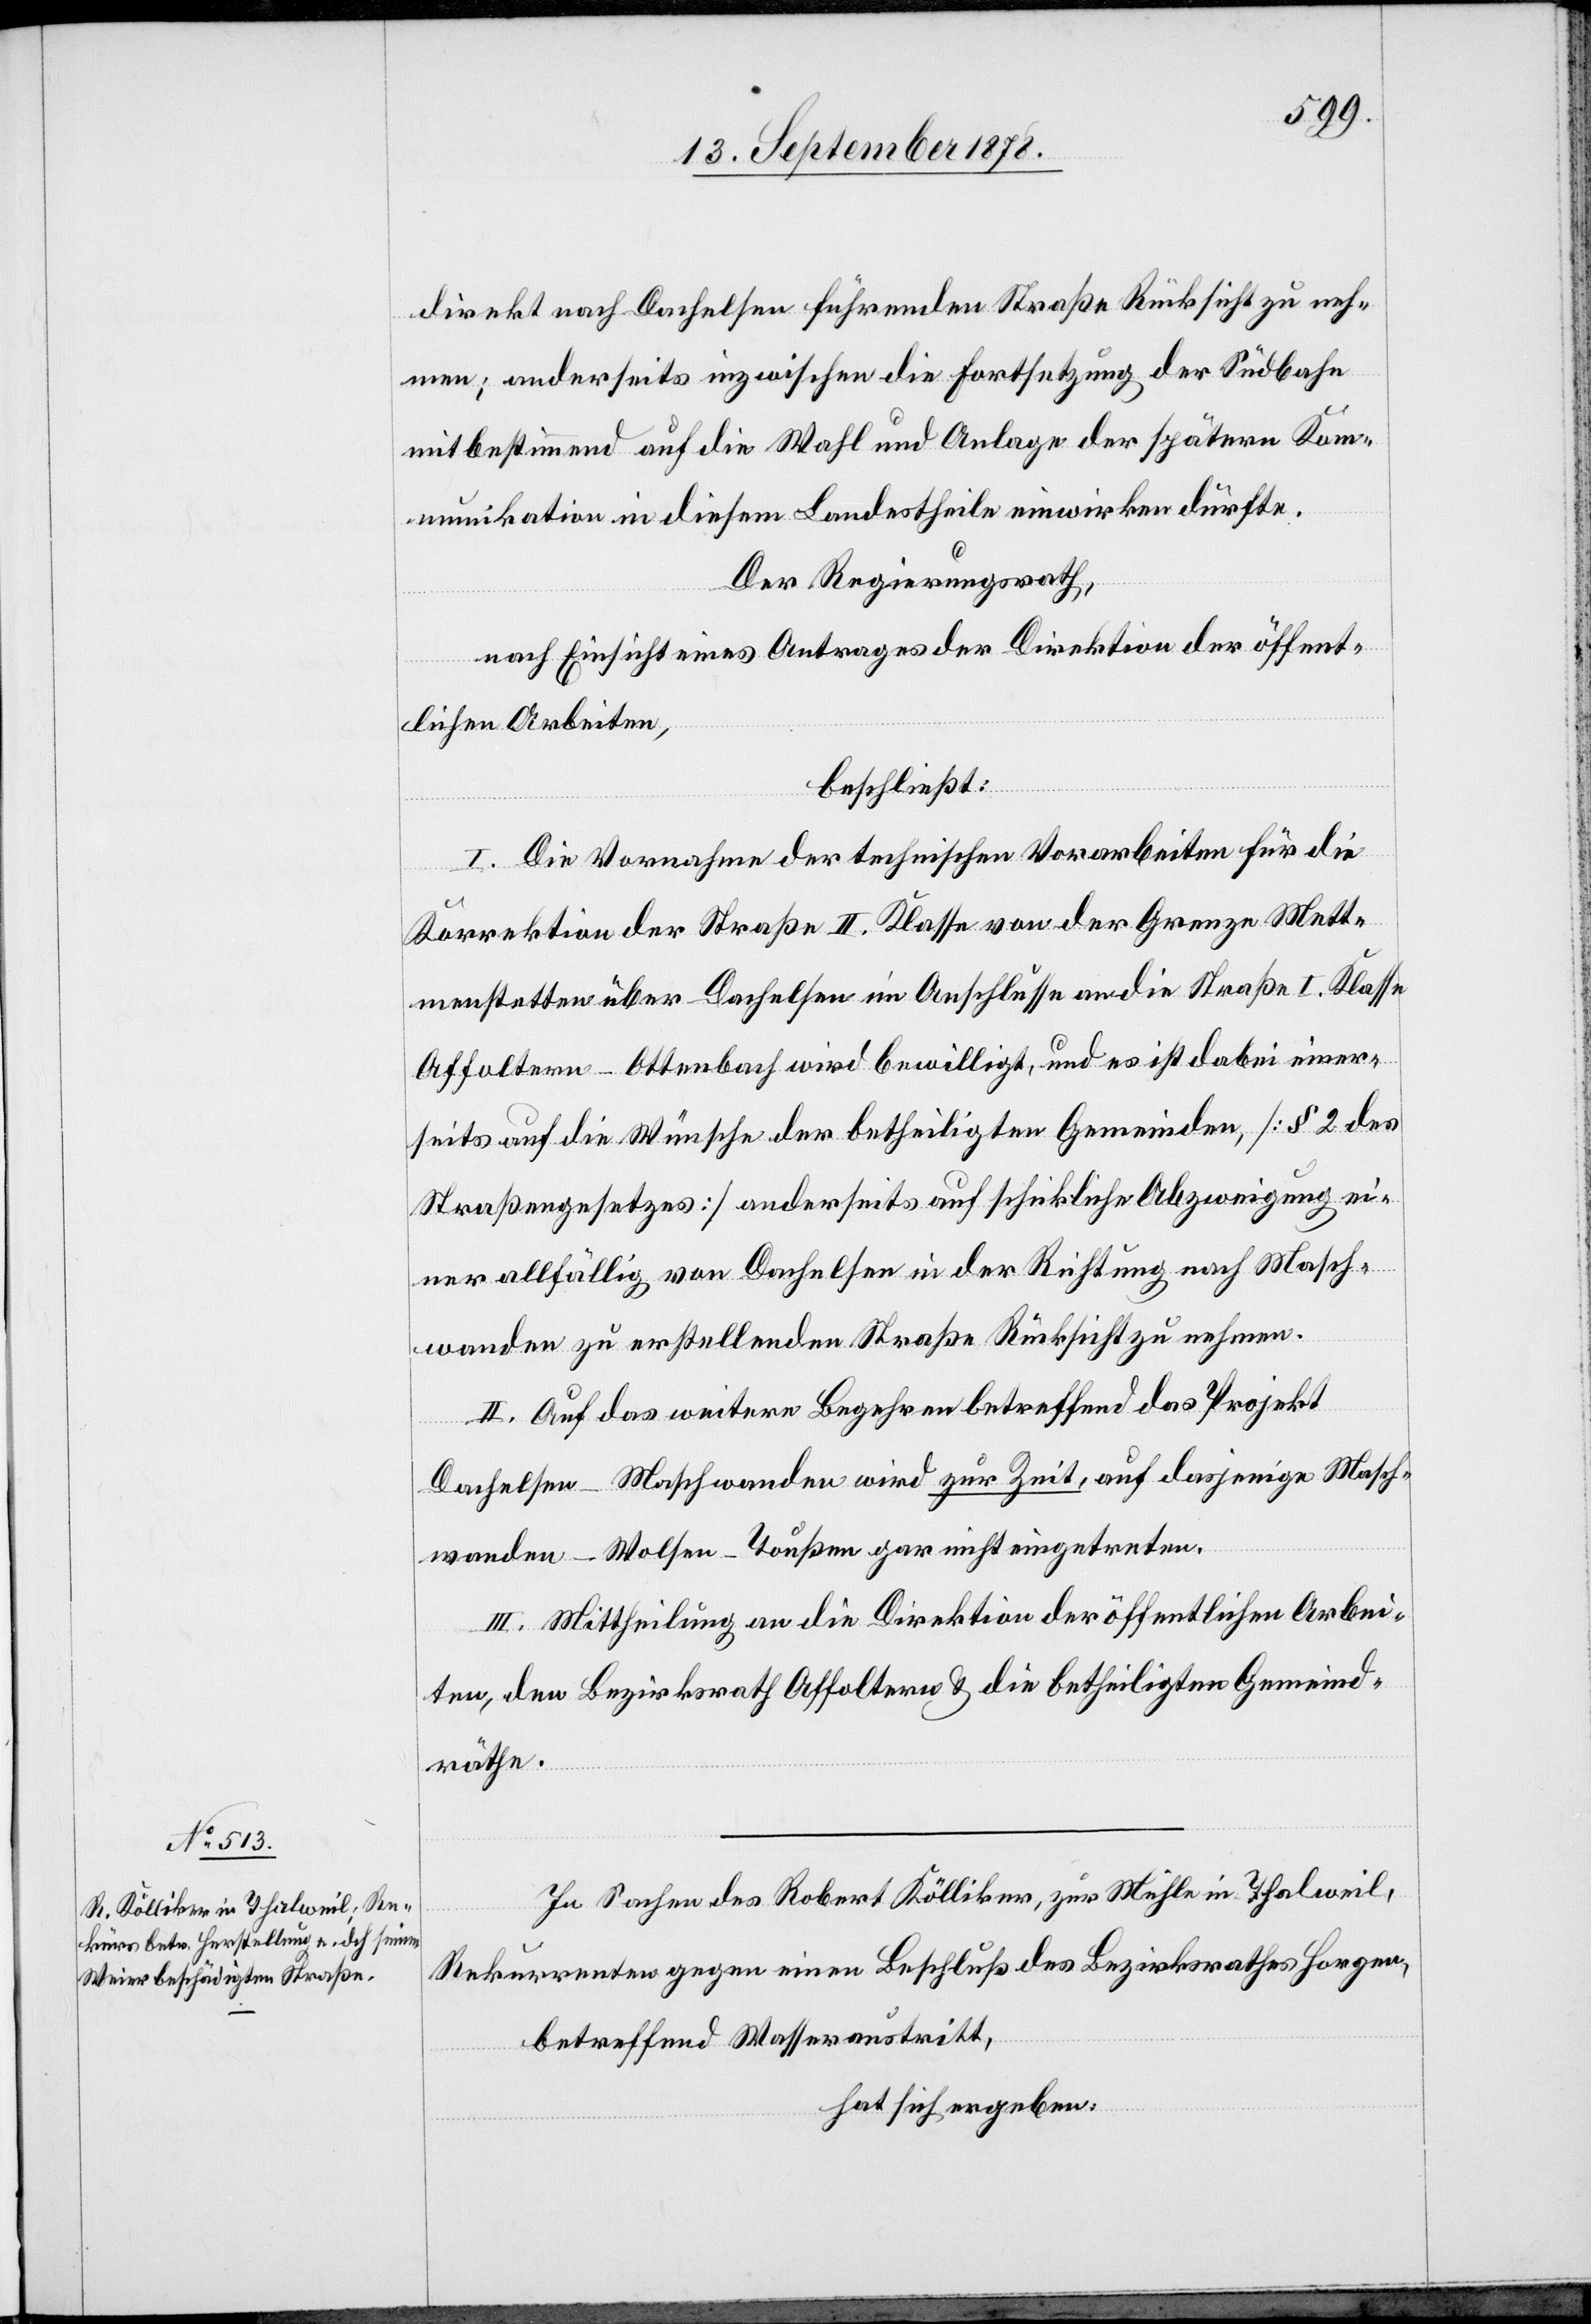
direkt nach Dachelsen führenden Straße Rücksicht zu neh¬
men; anderseits inzwischen die Fortsetzung der Südbahn
mitbestimmend auf die Wahl und Anlage der spätern Kom¬
munikation in diesem Landestheile einwirken dürfte.
Der Regierungsrath,
nach Einsicht eines Antrages der Direktion der öffent¬
lichen Arbeiten,
beschließt:
I. Die Vornahme der technischen Vorarbeiten für die
Korrektion der Straße II. Klasse von der Grenze Mett¬
menstetten über Dachelsen im Anschlusse an die Straße I. Klasse
Affoltern–Ottenbach wird bewilligt, und es ist dabei einer¬
seits auf die Wünsche der betheiligten Gemeinden, [§ 2 des
Straßengesetzes] anderseits auf schickliche Abzweigung ei¬
ner allfällig von Dachelsen in der Richtung nach Masch¬
wanden zu erstellenden Straße Rücksicht zu nehmen.
II. Auf das weitere Begehren betreffend das Projekt
Dachelsen–Maschwanden wird zur Zeit, auf dasjenige Masch¬
wanden–Wolsen–Toußen gar nicht eingetreten.
III. Mittheilung an die Direktion der öffentlichen Arbei¬
ten, den Bezirksrath Affoltern & die betheiligten Gemeind¬
räthe.
In Sachen des Robert Kölliker, zur Mühle in Thalweil,
Rekurrenten gegen einen Beschluß des Bezirksrathes Horgen,
betreffend Wasseraustritt,
hat sich ergeben: